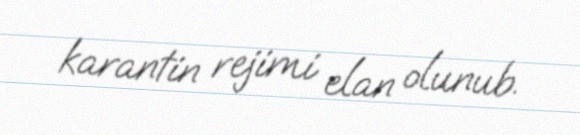
karantin rejimi elan olunub.